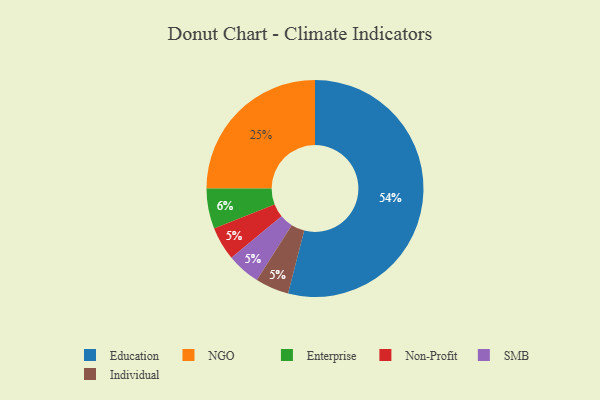
{"axis": {"x": "Category", "y": "Percentage"}, "legend": ["Education", "Enterprise", "Individual", "NGO", "Non-Profit", "SMB"], "data": [{"x": "Non-Profit", "y": 5, "type": "Non-Profit"}, {"x": "SMB", "y": 5, "type": "SMB"}, {"x": "Individual", "y": 5, "type": "Individual"}, {"x": "NGO", "y": 25, "type": "NGO"}, {"x": "Enterprise", "y": 6, "type": "Enterprise"}, {"x": "Education", "y": 54, "type": "Education"}]}